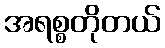
အရစ္စတိုတယ်